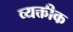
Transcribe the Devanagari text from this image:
व्यक्तीक